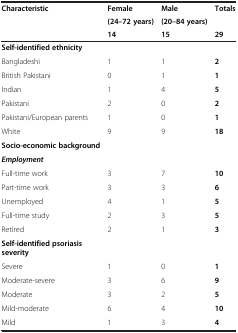
<table><thead><tr><td rowspan="2"><b>Characteristic</b></td><td><b>Female</b></td><td><b>Male</b></td><td rowspan="2"><b>Totals</b></td></tr><tr><td><b>(24–72 years)</b></td><td><b>(20–84 years)</b></td></tr><tr><td><b> </b></td><td><b>14</b></td><td><b>15</b></td><td><b>29</b></td></tr></thead><tbody><tr><td><b>Self-identified ethnicity</b></td><td> </td><td> </td><td> </td></tr><tr><td>Bangladeshi</td><td>1</td><td>1</td><td><b>2</b></td></tr><tr><td>British Pakistani</td><td>0</td><td>1</td><td><b>1</b></td></tr><tr><td>Indian</td><td>1</td><td>4</td><td><b>5</b></td></tr><tr><td>Pakistani</td><td>2</td><td>0</td><td><b>2</b></td></tr><tr><td>Pakistani/European parents</td><td>1</td><td>0</td><td><b>1</b></td></tr><tr><td>White</td><td>9</td><td>9</td><td><b>18</b></td></tr><tr><td><b>Socio-economic background</b></td><td> </td><td> </td><td> </td></tr><tr><td><b><i>Employment</i></b></td><td> </td><td> </td><td> </td></tr><tr><td>Full-time work</td><td>3</td><td>7</td><td><b>10</b></td></tr><tr><td>Part-time work</td><td>3</td><td>3</td><td><b>6</b></td></tr><tr><td>Unemployed</td><td>4</td><td>1</td><td><b>5</b></td></tr><tr><td>Full-time study</td><td>2</td><td>3</td><td><b>5</b></td></tr><tr><td>Retired</td><td>2</td><td>1</td><td><b>3</b></td></tr><tr><td><b>Self-identified psoriasis severity</b></td><td> </td><td> </td><td> </td></tr><tr><td>Severe</td><td>1</td><td>0</td><td><b>1</b></td></tr><tr><td>Moderate-severe</td><td>3</td><td>6</td><td><b>9</b></td></tr><tr><td>Moderate</td><td>3</td><td>2</td><td><b>5</b></td></tr><tr><td>Mild-moderate</td><td>6</td><td>4</td><td><b>10</b></td></tr><tr><td>Mild</td><td>1</td><td>3</td><td><b>4</b></td></tr></tbody></table>